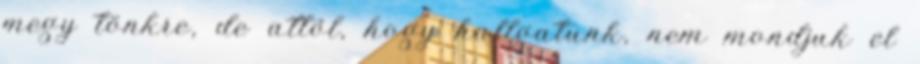
megy tönkre, de attól, hogy hallgatunk, nem mondjuk el